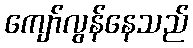
ကျော်လွန်နေသည်